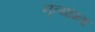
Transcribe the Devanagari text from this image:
नृत्यांग्ना